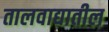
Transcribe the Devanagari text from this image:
तालवाद्यातील